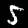
Digit: 5